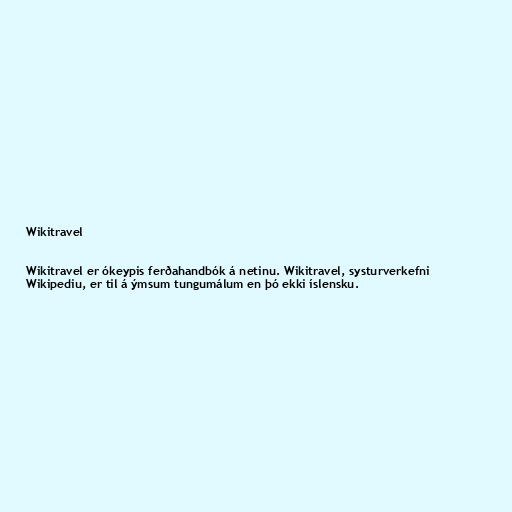
Wikitravel

Wikitravel er ókeypis ferðahandbók á netinu. Wikitravel, systurverkefni
Wikipediu, er til á ýmsum tungumálum en þó ekki íslensku.